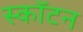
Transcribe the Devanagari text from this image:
स्कॉटन